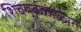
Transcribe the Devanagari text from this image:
शिवपूर्वकाळात